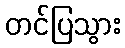
တင်ပြသွား